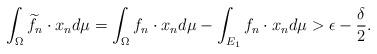
LaTeX: \begin{align*}\int_{\Omega}\widetilde{f}_{n}\cdot x_{n}d\mu=\int_{\Omega}f_{n}\cdot x_{n}d\mu-\int_{E_{1}}f_{n}\cdot x_{n}d\mu>\epsilon-\frac{\delta}{2}.\end{align*}